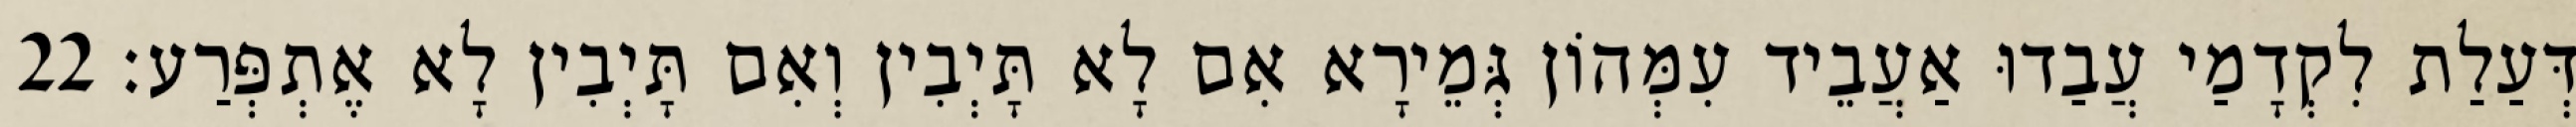
דְּעַלַת לִקְדָמַי עֲבַדוּ אַעֲבֵיד עִמְּהוֹן גְּמֵירָא אִם לָא תָּיְבִין וְאִם תָּיְבִין לָא אֶתְפְּרַע׃ 22